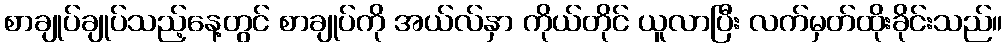
စာချုပ်ချုပ်သည့်နေ့တွင် စာချုပ်ကို အယ်လ်နှာ ကိုယ်တိုင် ယူလာပြီး လက်မှတ်ထိုးခိုင်းသည်။